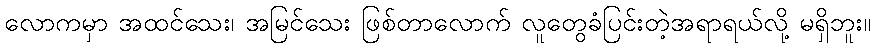
လောကမှာ အထင်သေး၊ အမြင်သေး ဖြစ်တာလောက် လူတွေခံပြင်းတဲ့အရာရယ်လို့ မရှိဘူး။